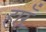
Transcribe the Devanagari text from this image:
हारूँ